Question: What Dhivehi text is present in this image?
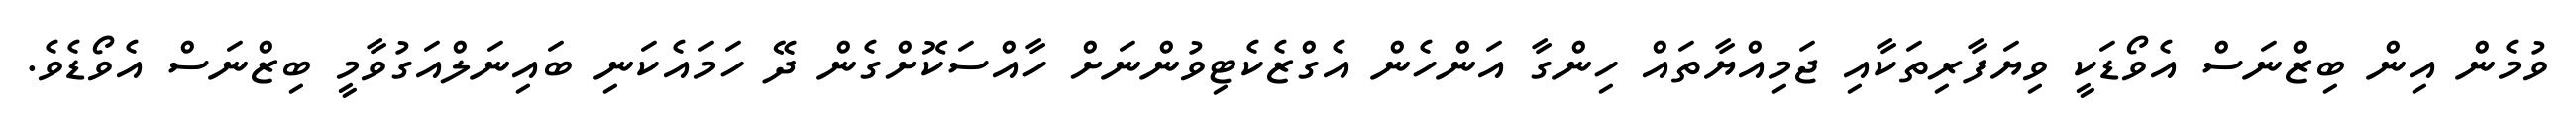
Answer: ވުމެން އިން ބިޒްނަސް އެވޯޑަކީ ވިޔަފާރިތަކާއި ޖަމިއްޔާތައް ހިންގާ އަންހެން އެގްޒެކެޓިވުންނަށް ހާއްސަކޮށްގެން ދޭ ހަމައެކަނި ބައިނަލްއަގުވާމީ ބިޒްނަސް އެވޯޑެވެ.